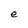
Character: e